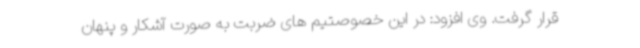
قرار گرفت. وی افزود: در این خصوصتیم های ضربت به صورت آشکار و پنهان